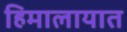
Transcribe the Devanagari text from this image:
हिमालायात